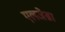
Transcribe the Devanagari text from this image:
एलजेब्रा